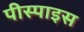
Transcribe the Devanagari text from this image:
पीस्पाइस